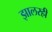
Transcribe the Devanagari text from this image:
झालरही